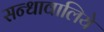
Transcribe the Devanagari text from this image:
सन्धावालिये